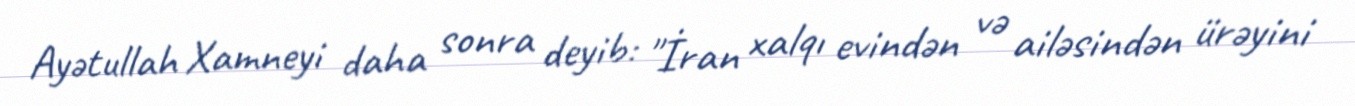
Ayətullah Xamneyi daha sonra deyib: "İran xalqı evindən və ailəsindən ürəyini